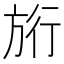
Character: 𭤷